[Report on the health of British troops in the Madras command]
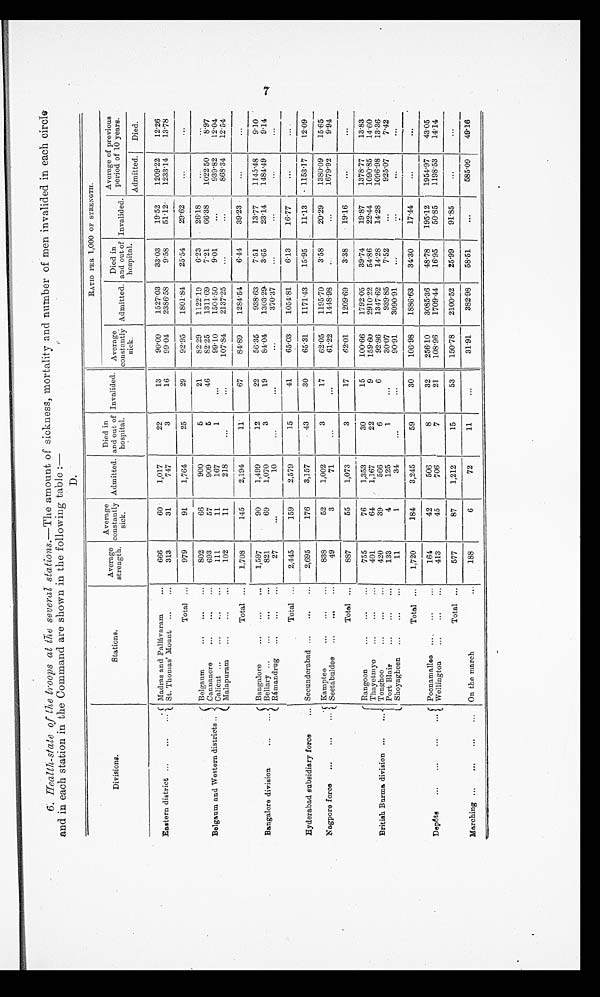
6: Health-state of the troops at Cie seve ral stations.-The amount of sickness, -mortality and number of men invalided in each circled
and in each station in the Command are shown in the following table :-
D.
Divisions.
Stations.
Average
strewth, gbh
Average
constantly
sick.
Admitted.
Died in
and out of
hospital.
Invalided.
RATIO PER 1,000 OF STRENGTH.
Average
constantly
sick.
Admitted.
Died in
and out of
hospital.
Invalided,
Average of previous
period of 10 years.
Admitted.
Died.
Easter district ...
...
-( Madras and Pallavaram
...
666
60
1,017
22
13
90.09
1527.03
33.03
19-52
1209.22
12.26
... 1. St. Thomas Mount ...
...
313
31
747
3
16
99.04,
2386.58
9.58
51.12
1233.14
13'78
Total ...
979
91
1,764
25
29
92.95
--
1801.84
25.54
29'62
...
B elgaum
...
...
...
802
-
66
900
5
21
82.29
1122.19
6'23
2618
Belganna and Western districts
Cann-more
...
'
'
...
693
57
909
5
46
82.25
1311.69
7.21
66.38
1022 50
8'97
... -
ua` licut ...
...
111
11
167
•..
99.10
1504-50
9'01
...
939.82
12'04
Malapuram
...
...
...
102
11
218
...
107.84
2137.25 _
...
868.34
12.54
-
Bangalore division
...
...
Total ...
1,708
-
145
-
2,194
11
67
8489
1284'54
6.44
-
39.2
...
-
...
--
Bangalore
...
...
...
1,597
90
1,499
12
22
56.35
93863
7.51
13.77
1145'48
9'10
Bellary ...
...
...
...
821
69
1,070
3
19
84.04
1303.29
3.65
2314
1484.49
9-14
Rtimandrug ...
...
...
27
...
1
...
...
370-37
...
...
Total ...
2,445
159
2,579
1.5
41
65.03
1054.81
6.13
16.7
...
...
Hyderabad subsidiary force
... Secunderabad ...
...
...
2,695
176
3,157
43
30
6531
1171.43
15.95
11'13
1153-17
1209
N agpore force ...
...
Kampteo
...
...
...
838
52
1,002
3
17
62'05
1195.70
3'58
20.29
1380'09
15 65
Seetabuldea ...
...
...
49
3
7
...
61.22
1448.98
167992
9'94
British Burma division ...
...
Total ...
887
55
1,073
3
1
62.01
1209'69
3.38
19.16
...
....
Rangoon
755
76
1,353
30
15
100.66
179205
3974
19.87
1378.77
13-83
...
...
Thayetmyo
...
401
64
1,167
22
9
159'60
2910.22
54.86
22-44
109085
1460
...
...
Tonghoo
...
420
39
566
6
6
92.86
1347.62
14-28
14-28
1096.98
13.36
Port Blair
...
...
...
133
4
125
1
...
30'07
939.85
7'52
...
925'07
7.42
Shoyagheen ...
...
...
11
1
3
...
...
90.91
3090.91
...
...
---
-
Total ...
1,720
184
3,245
59
30
106.98
1886-63
34'30
17-44
.......
Deptòts.
...
...
...
... Poonarnallee ...
164
42
506
8
32
256.10
3085.36
48-78
195'12
1954'97
4305
Wellington
.... ..
...
413
45
706
7
21
108-96
1709'44
16-95
50.85
1198.53
14.14
Total ...
577 _
87
1,212
15
53
150'78
2100.52
25'99
91.85
...
Marching ...
...
..
.,.
..
On the march
...
188
6
72
11
...
3191
382.98
58.51
...
585.09
49'16